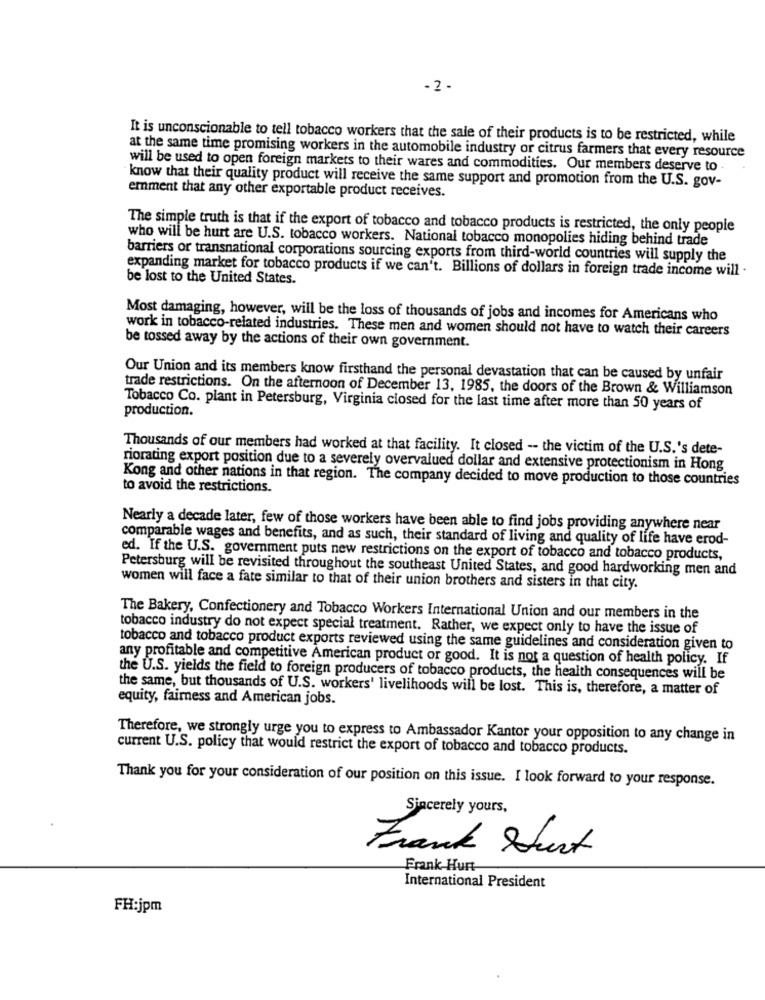
-2 -
It is unconscionable to tell tobacco workers that the sale of their products is to be restricted, while
at the same time promising workers in the automobile industry or citrus farmers that every resource
will be used to open foreign markets to their wares and commodities. Our members deserve to
know that their quality product will receive the same support and promotion from the U.S. gov-
emment that any other exportable product receives.
The simple truth is that if the export of tobacco and tobacco products is restricted, the only people
who will be hurt are U.S. tobacco workers. National tobacco monopolies hiding behind trade
barriers or transnational corporations sourcing exports from third-world countries will supply the
expanding market for tobacco products if we can't. Billions of dollars in foreign trade income will .
be lost to the United States.
Most damaging, however, will be the loss of thousands of jobs and incomes for Americans who
work in tobacco-related industries. These men and women should not have to watch their careers
be tossed away by the actions of their own government.
Our Union and its members know firsthand the personal devastation that can be caused by unfair
trade restrictions. On the afternoon of December 13, 1985, the doors of the Brown & Williamson
production.
Tobacco Co. plant in Petersburg, Virginia closed for the last time after more than 50 years of
Thousands of our members had worked at that facility. It closed -- the victim of the U.S.'s dete-
riorating export position due to a severely overvalued dollar and extensive protectionism in Hong
Kong and other nations in that region. The company decided to move production to those countries
to avoid the restrictions.
Nearly a decade later, few of those workers have been able to find jobs providing anywhere near
comparable wages and benefits, and as such, their standard of living and quality of life have erod-
ed. If the U.S. government puts new restrictions on the export of tobacco and tobacco products,
Petersburg will be revisited throughout the southeast United States, and good hardworking men and
women will face a fate similar to that of their union brothers and sisters in that city.
The Bakery, Confectionery and Tobacco Workers International Union and our members in the
tobacco industry do not expect special treatment. Rather, we expect only to have the issue of
tobacco and tobacco product exports reviewed using the same guidelines and consideration given to
any profitable and competitive American product or good. It is not a question of health policy. If
the U.S. yields the field to foreign producers of tobacco products, the health consequences will be
the same, but thousands of U.S. workers' livelihoods will be lost. This is, therefore, a matter of
equity, fairness and American jobs.
Therefore, we strongly urge you to express to Ambassador Kantor your opposition to any change in
current U.S. policy that would restrict the export of tobacco and tobacco products.
Thank you for your consideration of our position on this issue. I look forward to your response.
Sincerely yours,
Frank Hurt
Frank Hurt
International President
FH:jpm